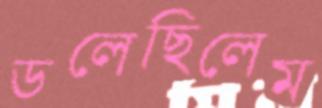
ডলেছিলেম